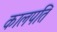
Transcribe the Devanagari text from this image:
कालपति